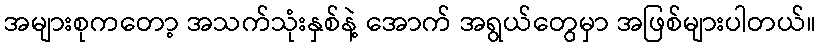
အများစုကတော့ အသက်သုံးနှစ်နဲ့ အောက် အရွယ်တွေမှာ အဖြစ်များပါတယ်။